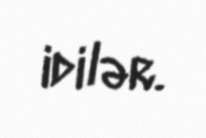
idilər.